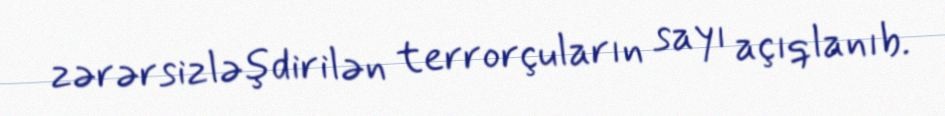
zərərsizləşdirilən terrorçuların sayı açıqlanıb.